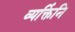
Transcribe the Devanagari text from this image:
व्यक्तिंनि